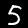
Digit: 5